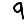
Digit: 9